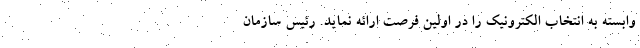
وابسته به انتخاب الکترونیک را در اولین فرصت ارائه نماید. رئیس سازمان